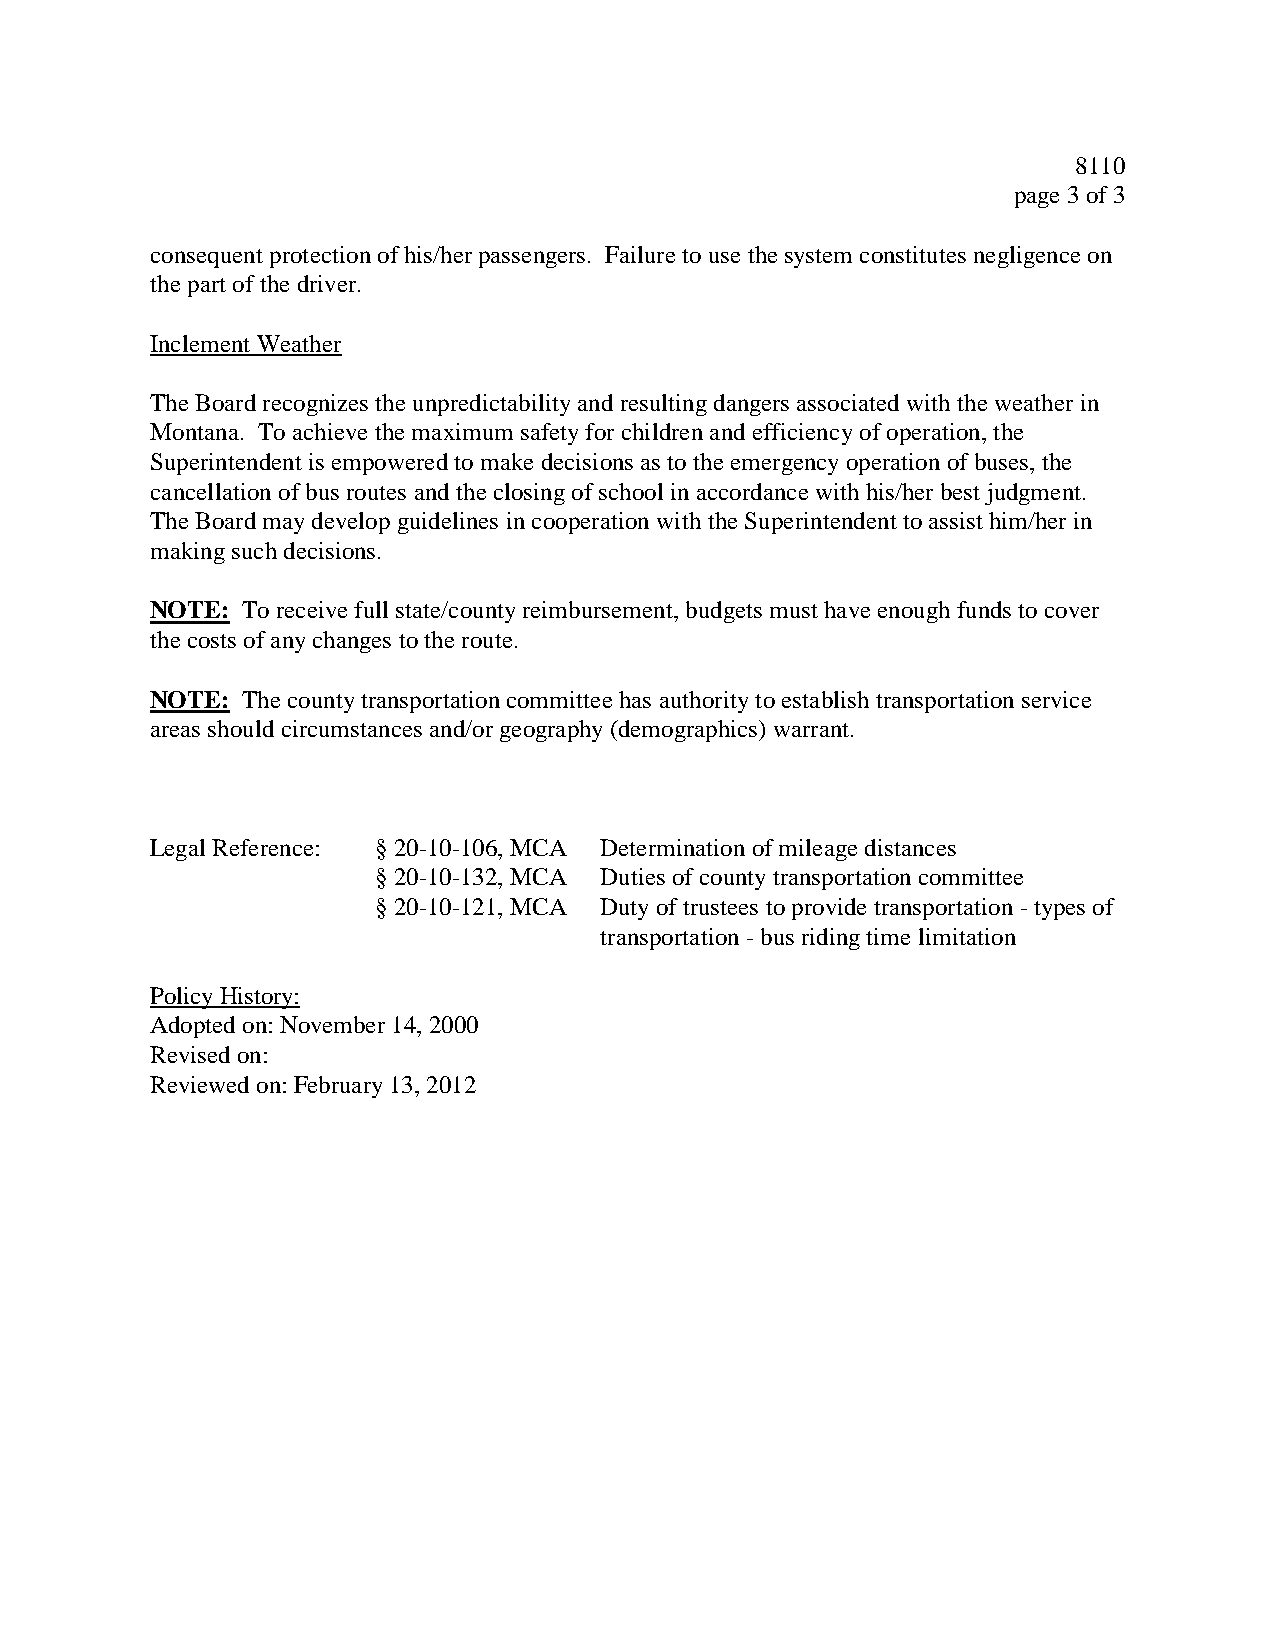
8110
 page 3 of 3
 consequent protection of his/her passengers. Failure to use the system constitutes negligence on
 the part of the driver.
 Inclement Weather
 The Board recognizes the unpredictability and resulting dangers associated with the weather in
 Montana. To achieve the maximum safety for children and efficiency of operation, the
 Superintendent is empowered to make decisions as to the emergency operation of buses, the
 cancellation of bus routes and the closing of school in accordance with his/her best judgment.
 The Board may develop guidelines in cooperation with the Superintendent to assist him/her in
 making such decisions.
 NOTE: To receive full state/county reimbursement, budgets must have enough funds to cover
 the costs of any changes to the route.
 NOTE: The county transportation committee has authority to establish transportation service
 areas should circumstances and/or geography (demographics) warrant.
 Legal Reference: § 20-10-106, MCA Determination of mileage distances
 § 20-10-132, MCA Duties of county transportation committee
 § 20-10-121, MCA Duty of trustees to provide transportation - types of
 transportation - bus riding time limitation
 Policy History:
 Adopted on: November 14, 2000
 Revised on:
 Reviewed on: February 13, 2012